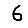
Digit: 6